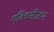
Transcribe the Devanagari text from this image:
एक्विसीटम